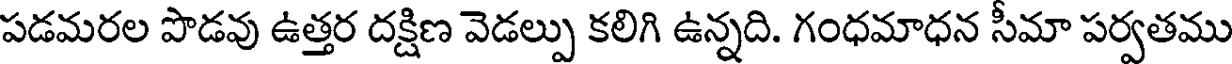
పడమరల పొడవు ఉత్తర దక్షిణ వెడల్పు కలిగి ఉన్నది. గంధమాధన సీమా పర్వతము